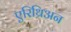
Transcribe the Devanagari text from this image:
एरिथ्रिअन